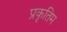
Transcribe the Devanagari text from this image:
प्रकृतिम